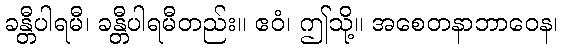
ခန္တီပါရမီ၊ ခန္တီပါရမီတည်း။ ဧဝံ၊ ဤသို့။ အစေတနာဘာဝေန၊